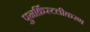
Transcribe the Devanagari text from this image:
पुनर्क्रिस्टलीकरण